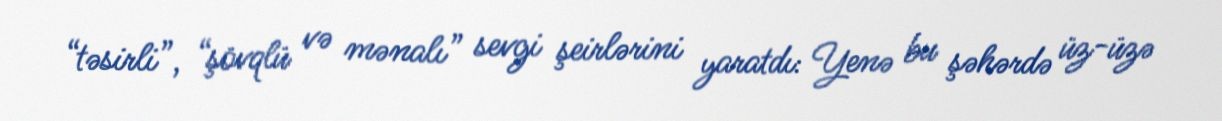
“təsirli”, “şövqlü və mənalı” sevgi şeirlərini yaratdı: Yenə bu şəhərdə üz-üzə